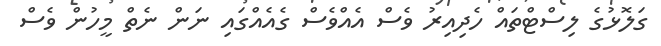
ގަލޮޅުގެ ލިސްޓްތައް ހެދިއިރު ވެސް އެއްވެސް ގެއެއްގައި ނަން ނެތް މީހުން ވެސް